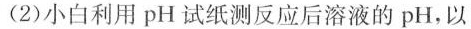
(2)小白利用pH试纸测反应后溶液的pH，以